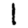
Digit: 1